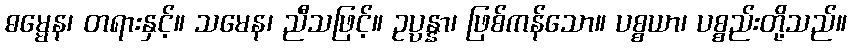
ဓမ္မေန၊ တရားနှင့်။ သမေန၊ ညီသဖြင့်။ ဥပ္ပန္နာ၊ ဖြစ်ကန်သော။ ပစ္စယာ၊ ပစ္စည်းတို့သည်။